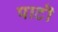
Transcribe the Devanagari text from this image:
पाटॊ